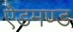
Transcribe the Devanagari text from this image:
ऐडमण्ड